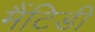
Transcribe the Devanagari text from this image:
मैंटिडी